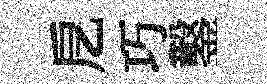
戹巧鑿